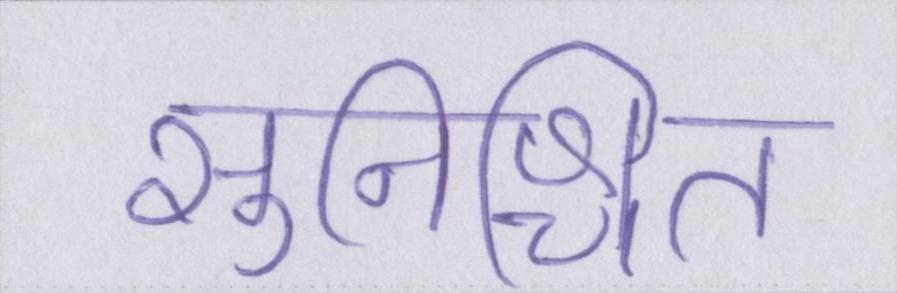
सुनिश्चित